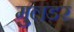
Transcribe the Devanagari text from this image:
मुलडर